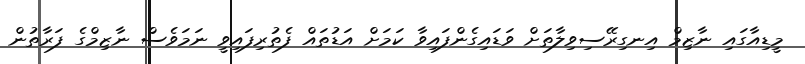
މީޑިއާގައި ނާޒިމް އިނގިރޭސިވިލާތަށް ވަޑައިގެންފައިވާ ކަމަށް އަޑުތައް ފެތުރިފައިވީ ނަމަވެސް ނާޒިމްގެ ފަރާތުން